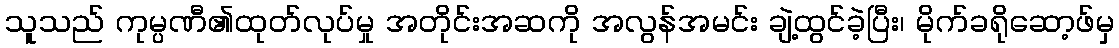
သူသည် ကုမ္ပဏီ၏ထုတ်လုပ်မှု အတိုင်းအဆကို အလွန်အမင်း ချဲ့ထွင်ခဲ့ပြီး၊ မိုက်ခရိုဆော့ဖ်မှ